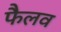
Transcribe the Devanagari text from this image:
फैलव